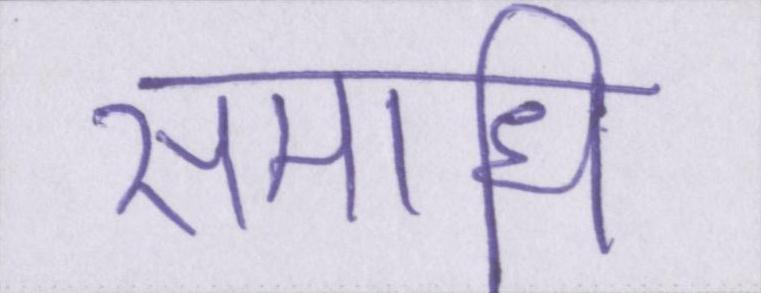
समाधि